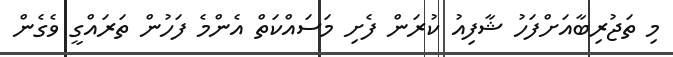
މި ތަޖުރިބާއަށްފަހު ޝާފިއު ކުރަން ފެށި މަސައްކަތް އެންމެ ފަހުން ތަރައްގީ ވެގެން